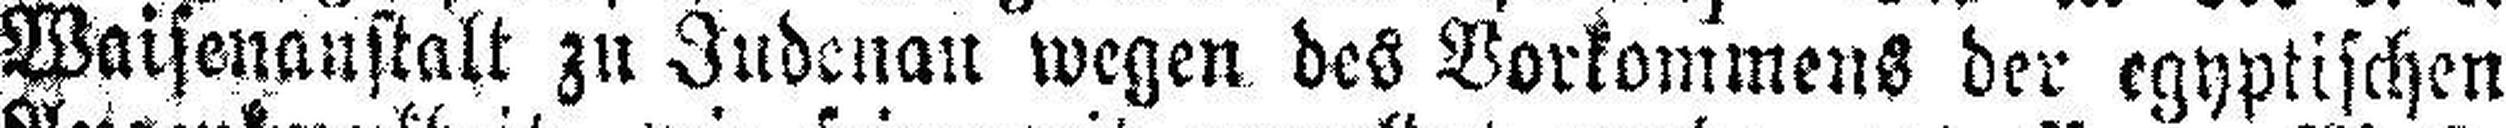
Waisenanstalt zu Judena### wegen des Vorkommens der egyptischen